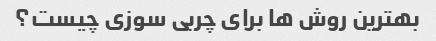
بهترین روش ها برای چربی سوزی چیست؟